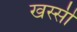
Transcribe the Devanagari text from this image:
खस्सी